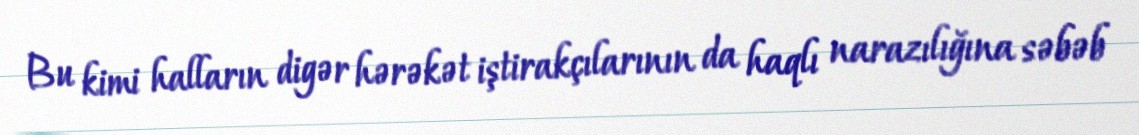
Bu kimi halların digər hərəkət iştirakçılarının da haqlı narazılığına səbəb